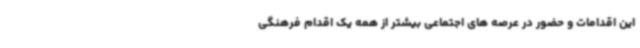
این اقدامات و حضور در عرصه های اجتماعی بیشتر از همه یک اقدام فرهنگی